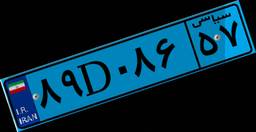
۸۹D۰۸۶۵۷